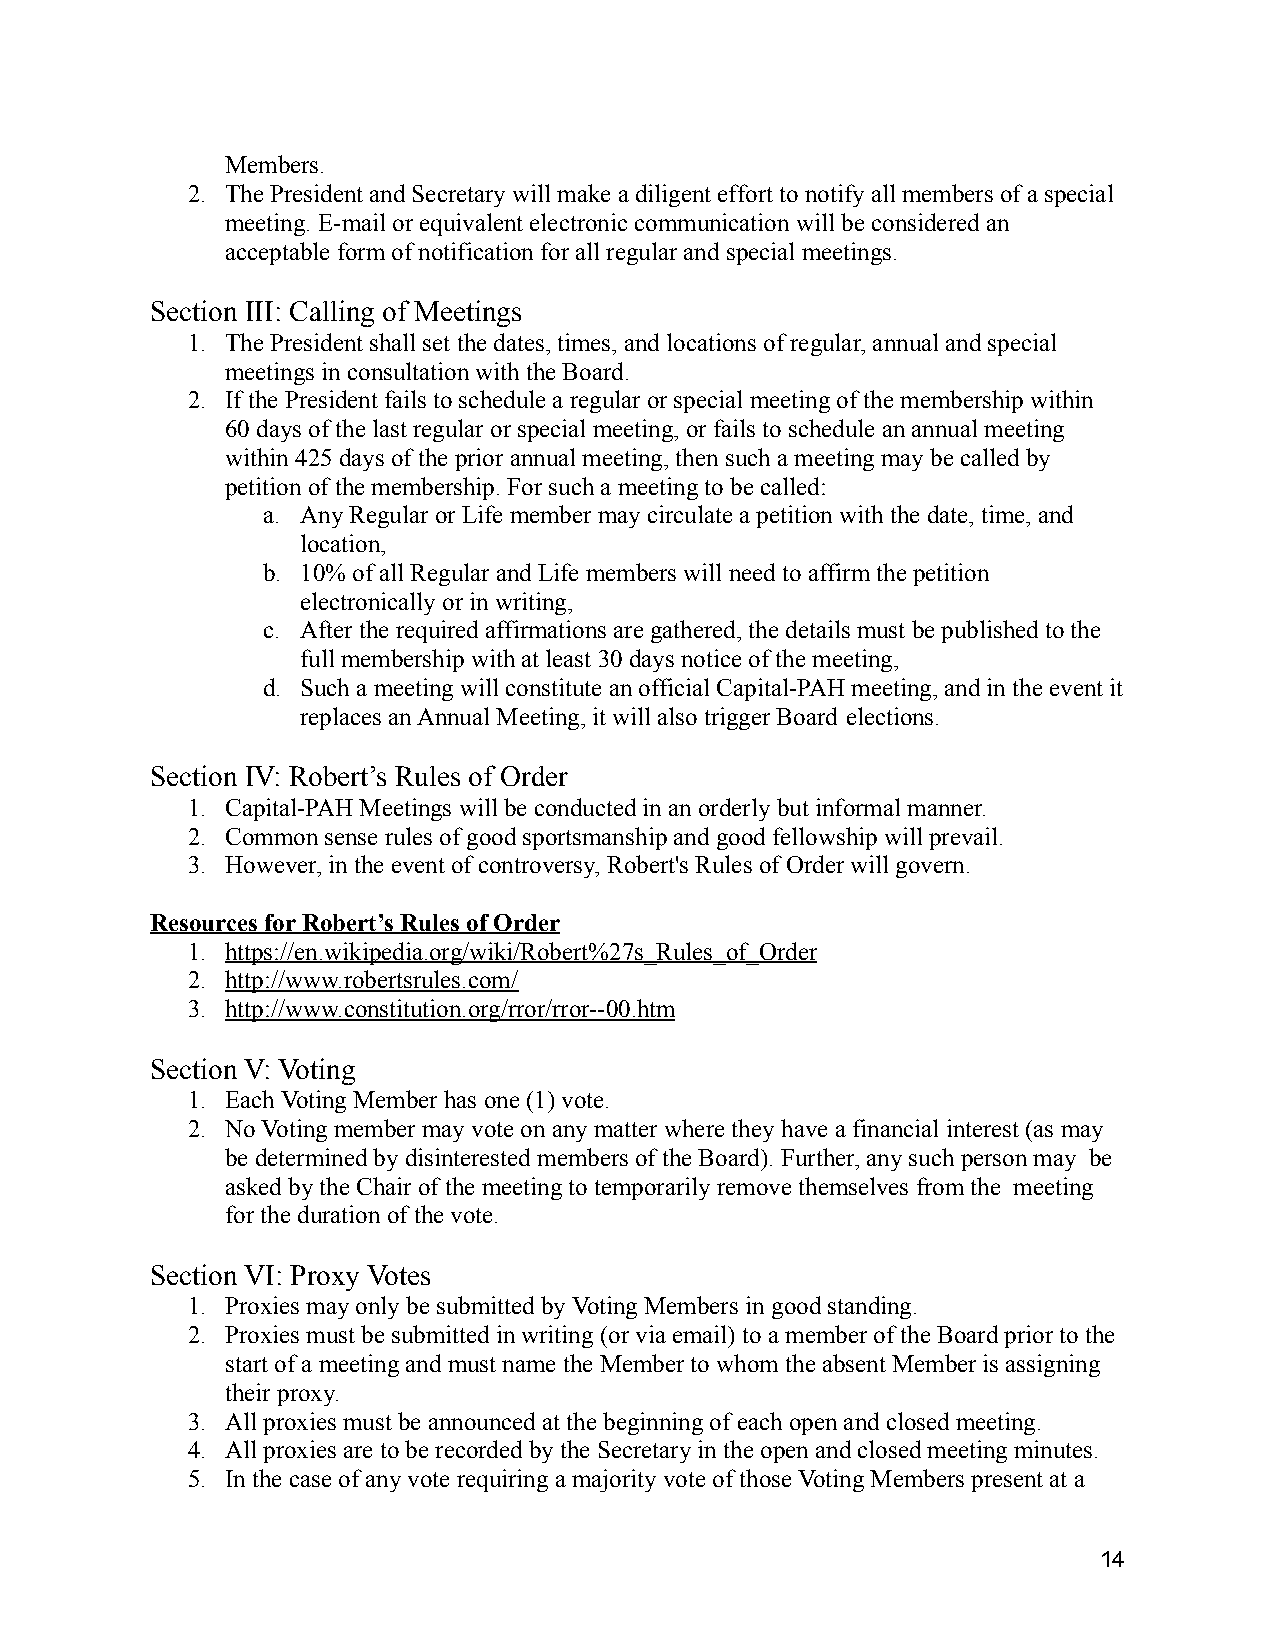
Members.
 2. The President and Secretary will make a diligent effortto notify all members of a special
 meeting. E-mail or equivalent electronic communication will be considered an
 acceptable form of notification for all regular and special meetings.
 Section III: Calling of Meetings
 1. The President shall set the dates, times, and locations of regular, annual and special
 meetings in consultation with the Board.
 2. If the President fails to schedule a regular or specialmeeting of the membership within
 60 days of the last regular or special meeting, orfails to schedule an annual meeting
 within 425 days of the prior annual meeting, then such a meeting may be called by
 petition of the membership. For such a meeting to be called:
 a. Any Regular or Life member may circulate a petition with the date, time, and
 location,
 b. 10% of all Regular and Life members will need to affirm the petition
 electronically or in writing,
 c. After the required affirmations are gathered, the details must be published to the
 full membership with at least 30 days notice of the meeting,
 d. Such a meeting will constitute an official Capital-PAH meeting, and in the event it
 replaces an Annual Meeting, it will also trigger Board elections.
 Section IV: Robert’s Rules of Order
 1. Capital-PAH Meetings will be conducted in an orderly but informal manner.
 2. Common sense rules of good sportsmanship and goodfellowship will prevail.
 3. However, in the event of controversy, Robert's Rulesof Order will govern.
 Resources for Robert’s Rules of Order
 1. https://en.wikipedia.org/wiki/Robert%27s_Rules_of_Order
 2. http://www.robertsrules.com/
 3. http://www.constitution.org/rror/rror--00.htm
 Section V: Voting
 1. Each Voting Member has one (1) vote.
 2. No Voting member may vote on any matter where they have a financial interest (as may
 be determined by disinterested members of the Board). Further, any such person may be
 asked by the Chair of the meeting to temporarily removethemselves from the meeting
 for the duration of the vote.
 Section VI: Proxy Votes
 1. Proxies may only be submitted by Voting Members in good standing.
 2. Proxies must be submitted in writing (or via email) to a member of the Board prior to the
 start of a meeting and must name the Member to whom the absent Member is assigning
 their proxy.
 3. All proxies must be announced at the beginning of each open and closed meeting.
 4. All proxies are to be recorded by the Secretary in the open and closed meeting minutes.
 5. In the case of any vote requiring a majority vote of those Voting Members present at a
 14